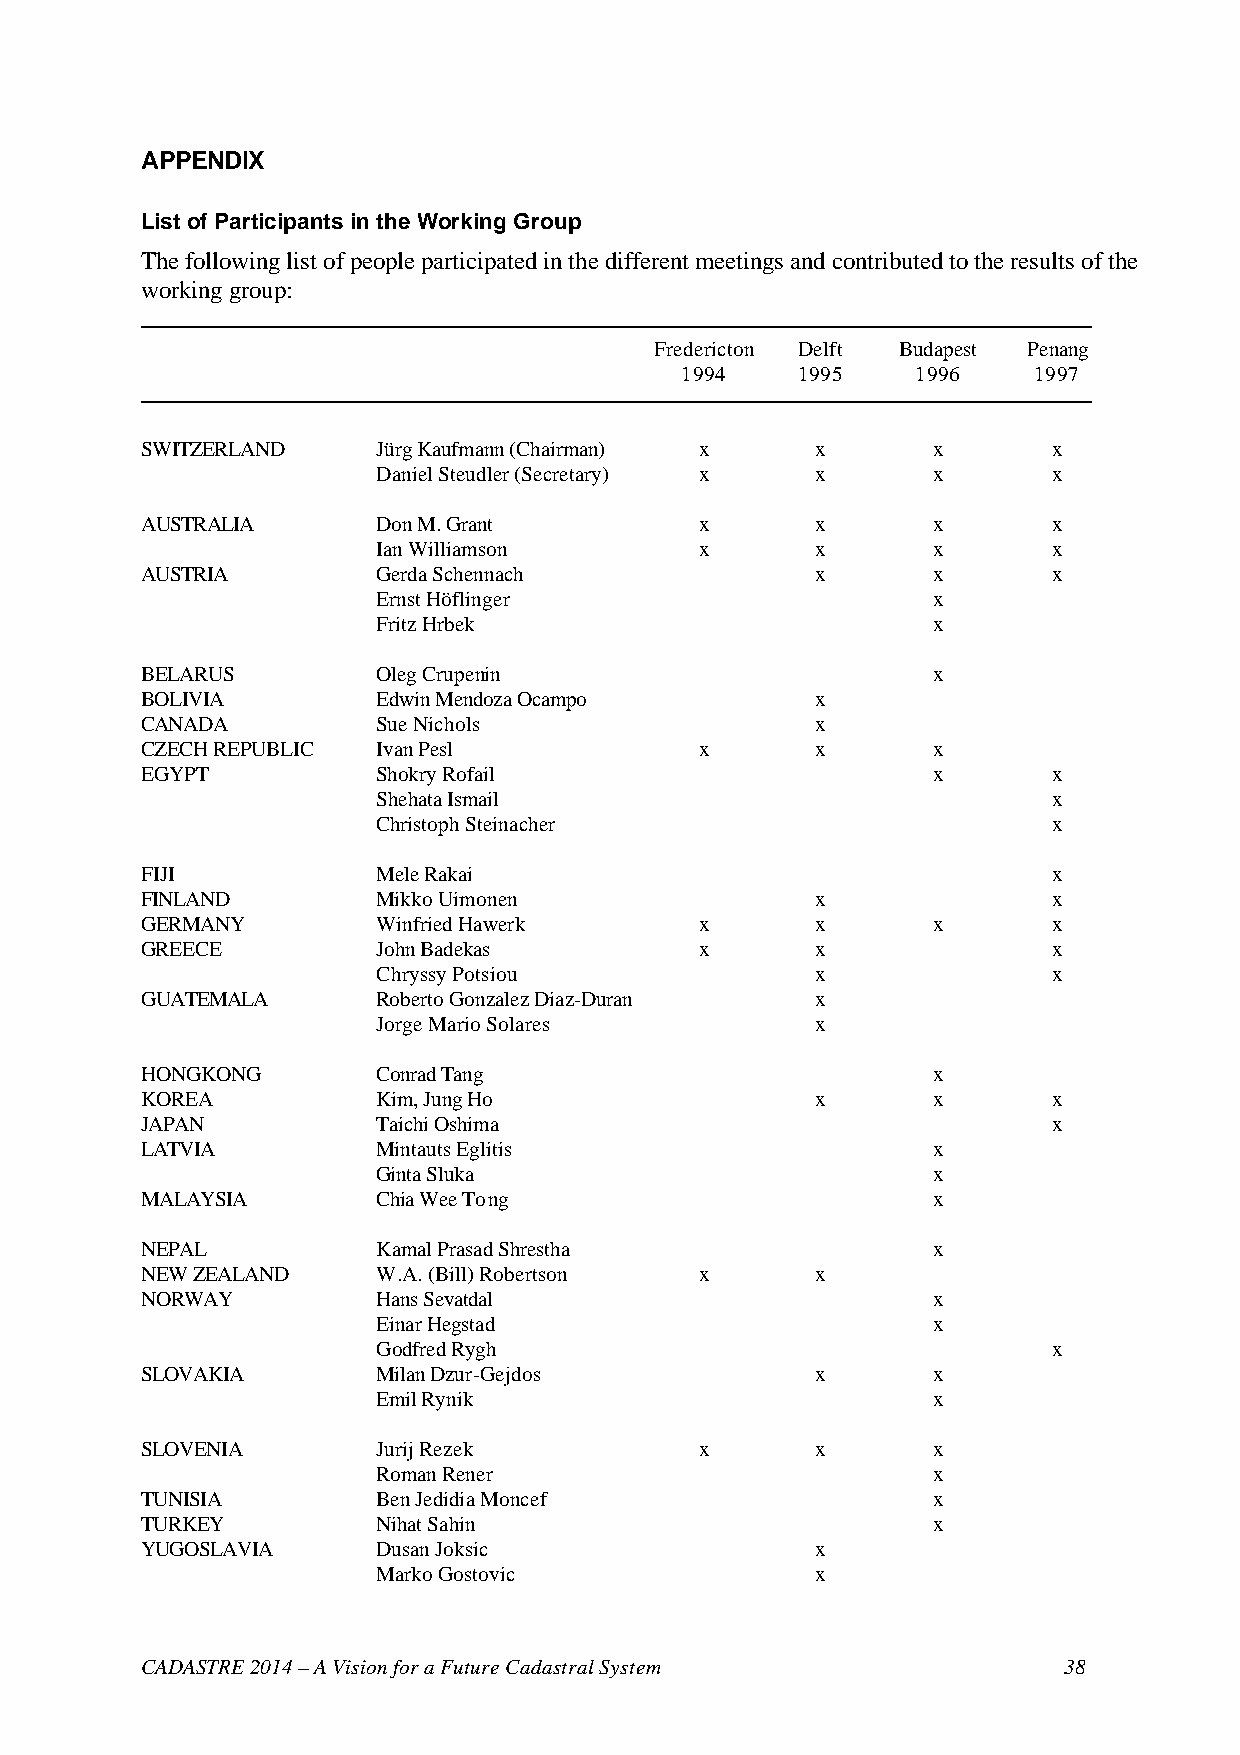
APPENDIX
 List of Participants in the Working Group
 The following list of people participated in the different meetings and contributed to the results of the
 working group:
 Fredericton Delft Budapest Penang
 1994    1995    1996   1997
 SWITZERLAND     Jürg Kaufmann (Chairman) x   x       x       x
 Daniel Steudler (Secretary) x x      x       x
 AUSTRALIA       Don M. Grant         x       x       x       x
 Ian Williamson       x       x       x       x
 AUSTRIA         Gerda Schennach              x       x       x
 Ernst Höflinger                      x
 Fritz Hrbek                          x
 BELARUS         Oleg Crupenin                        x
 BOLIVIA         Edwin Mendoza Ocampo         x
 CANADA          Sue Nichols                  x
 CZECH REPUBLIC  Ivan Pesl            x       x       x
 EGYPT           Shokry Rofail                        x       x
 Shehata Ismail                               x
 Christoph Steinacher                         x
 FIJI            Mele Rakai                                   x
 FINLAND         Mikko Uimonen                x               x
 GERMANY         Winfried Hawerk      x       x       x       x
 GREECE          John Badekas         x       x               x
 Chryssy Potsiou              x               x
 GUATEMALA       Roberto Gonzalez Diaz-Duran  x
 Jorge Mario Solares          x
 HONGKONG        Conrad Tang                          x
 KOREA           Kim, Jung Ho                 x       x       x
 JAPAN           Taichi Oshima                                x
 LATVIA          Mintauts Eglitis                     x
 Ginta Sluka                          x
 MALAYSIA        Chia Wee Tong                        x
 NEPAL           Kamal Prasad Shrestha                x
 NEW ZEALAND     W.A. (Bill) Robertson x      x
 NORWAY          Hans Sevatdal                        x
 Einar Hegstad                        x
 Godfred Rygh                                 x
 SLOVAKIA        Milan Dzur-Gejdos            x       x
 Emil Rynik                           x
 SLOVENIA        Jurij Rezek          x       x       x
 Roman Rener                          x
 TUNISIA         Ben Jedidia Moncef                   x
 TURKEY          Nihat Sahin                          x
 YUGOSLAVIA      Dusan Joksic                 x
 Marko Gostovic               x
 CADASTRE 2014 – A Vision for a Future Cadastral System       38